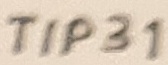
Text: TIP31